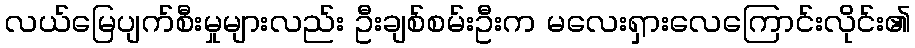
လယ်မြေပျက်စီးမှုများလည်း ဦးချစ်စမ်းဦးက မလေးရှားလေကြောင်းလိုင်း၏